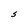
Character: S